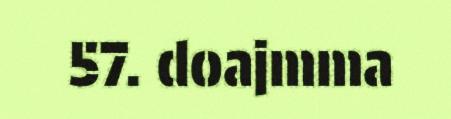
57. doajmma